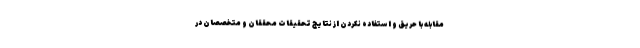
مقابله با حریق و استفاده نکردن از نتایج تحقیقات محققان و متخصصان در